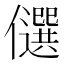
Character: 𠐯